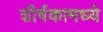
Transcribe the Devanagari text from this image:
शीर्षकामध्ये